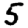
Digit: 5